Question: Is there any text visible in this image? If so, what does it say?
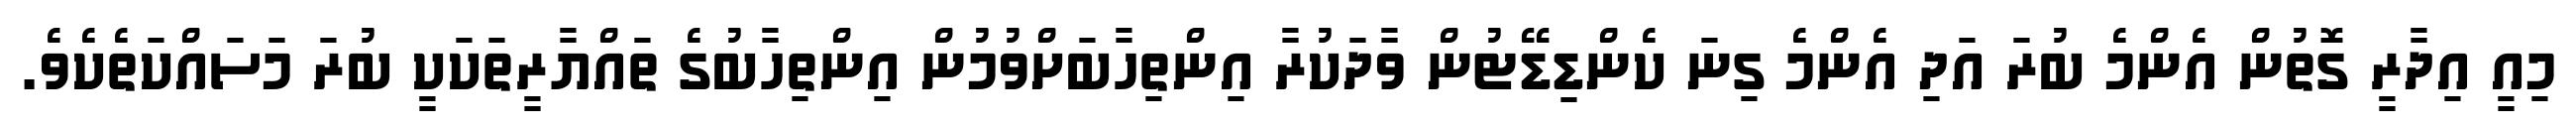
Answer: މިއީ އިދާރީ ގޮތުން އެންމެ ބުރަ އަދި އެންމެ ގިނަ ކެންޑިޑޭޓުން ވާދަކުރާ އިންތިހާބަށްވުމުން އިންތިހާބުގެ ތައްޔާރީތަކަކީ ބުރަ މަސައްކަތެކެވެ.